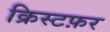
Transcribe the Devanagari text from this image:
क्रिस्टफ़र